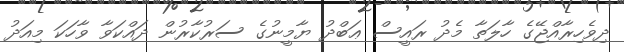
ދިވެހިރާއްޖޭގެ ހާލަތާ މެދު ރައީސް ޢަބްދު ޔާމީނުގެ ސަރުކާރުން ދައްކަވާ ވާހަކަ މިއަދު